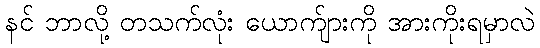
နင် ဘာလို့ တသက်လုံး ယောက်ျားကို အားကိုးရမှာလဲ